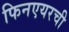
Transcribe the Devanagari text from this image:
फिनएयरची